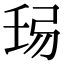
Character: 𢏒